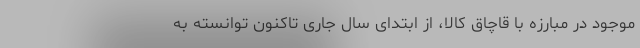
موجود در مبارزه با قاچاق کالا، از ابتدای سال جاری تاکنون توانسته به